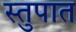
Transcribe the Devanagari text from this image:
स्तुपात